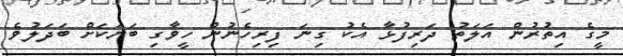
މީގެ އިތުރުން އަލަތު ދަރިފުޅާ އެކު ގިނަ ފިރިހެނުން ހީވާގި ބަޔަކަށް ބަދަލުވެ